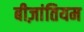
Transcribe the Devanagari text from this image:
बीज़ांतियम